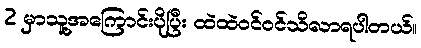
2 မှာသူ့အကြောင်းပိုပြီး ထဲထဲဝင်ဝင်သိလာရပါတယ်။